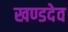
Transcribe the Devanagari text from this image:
खण्डदेव